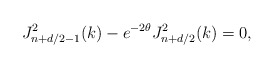
\begin{align*}J_{n+d/2-1}^{2}(k)-e^{-2\theta}J_{n+d/2}^{2}(k)=0,\end{align*}